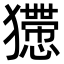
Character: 𤣇